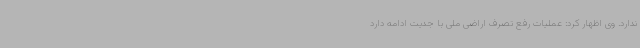
ندارد. وی اظهار کرد: عملیات رفع تصرف اراضی ملی با جدیت ادامه دارد